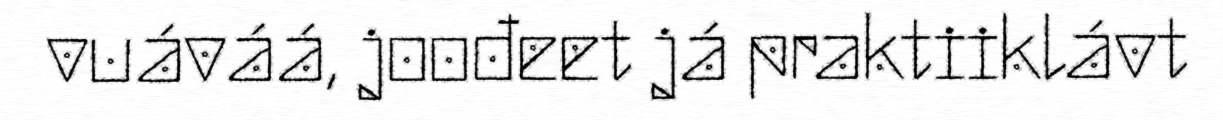
vuáváá, joođeet já praktiiklávt